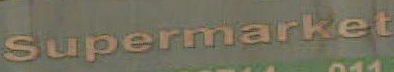
Supermarket